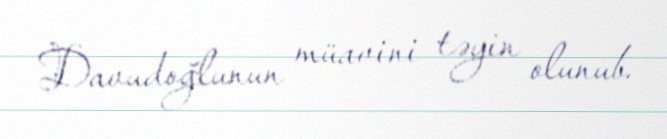
Davudoğlunun müavini təyin olunub.